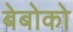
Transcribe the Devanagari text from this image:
बेबोको